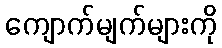
ကျောက်မျက်များကို